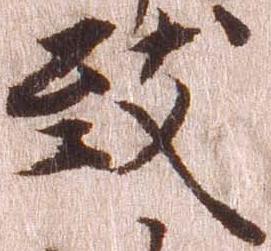
致